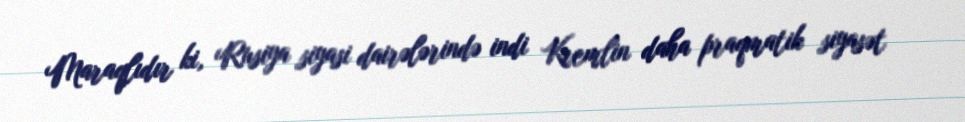
Maraqlıdır ki, Rusiya siyasi dairələrində indi Kremlin daha praqmatik siyasət